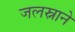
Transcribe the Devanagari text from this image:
जलस्नाने